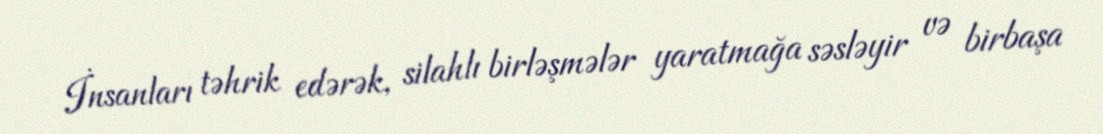
İnsanları təhrik edərək, silahlı birləşmələr yaratmağa səsləyir və birbaşa